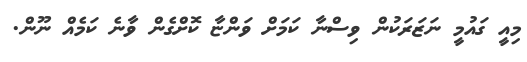
މިއީ ގައުމީ ނަޒަރަކުން ވިސްނާ ކަމަށް ވަންޏާ ކޮށްގެން ވާނެ ކަމެއް ނޫން.